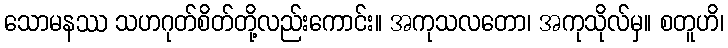
သောမနဿ သဟဂုတ်စိတ်တို့လည်းကောင်း။ အကုသလတော၊ အကုသိုလ်မှ။ စတူဟိ၊